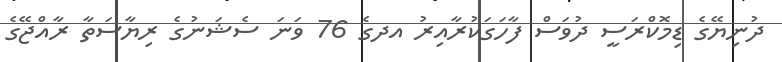
ދުނިޔޭގެ ޑިމޮކްރަސީ ދުވަސް ފާހަގަކުރާއިރު އދގެ 76 ވަނަ ސެޝަނުގެ ރިޔާސަތާ ރާއްޖޭގެ